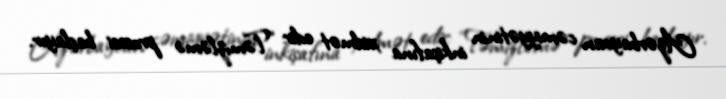
Azərbaycan cəmiyyətinin inkişafına xidmət edir: “Təmizləmə prosesi başlayır.